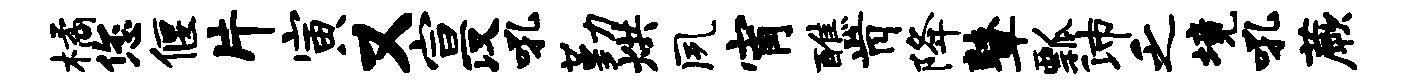
橘您偃片寅又宣汉吼勤烘夙宵醮肯降鼙瓢沛乏境吼蕨